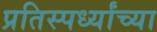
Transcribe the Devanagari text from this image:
प्रतिस्पर्ध्यांच्या